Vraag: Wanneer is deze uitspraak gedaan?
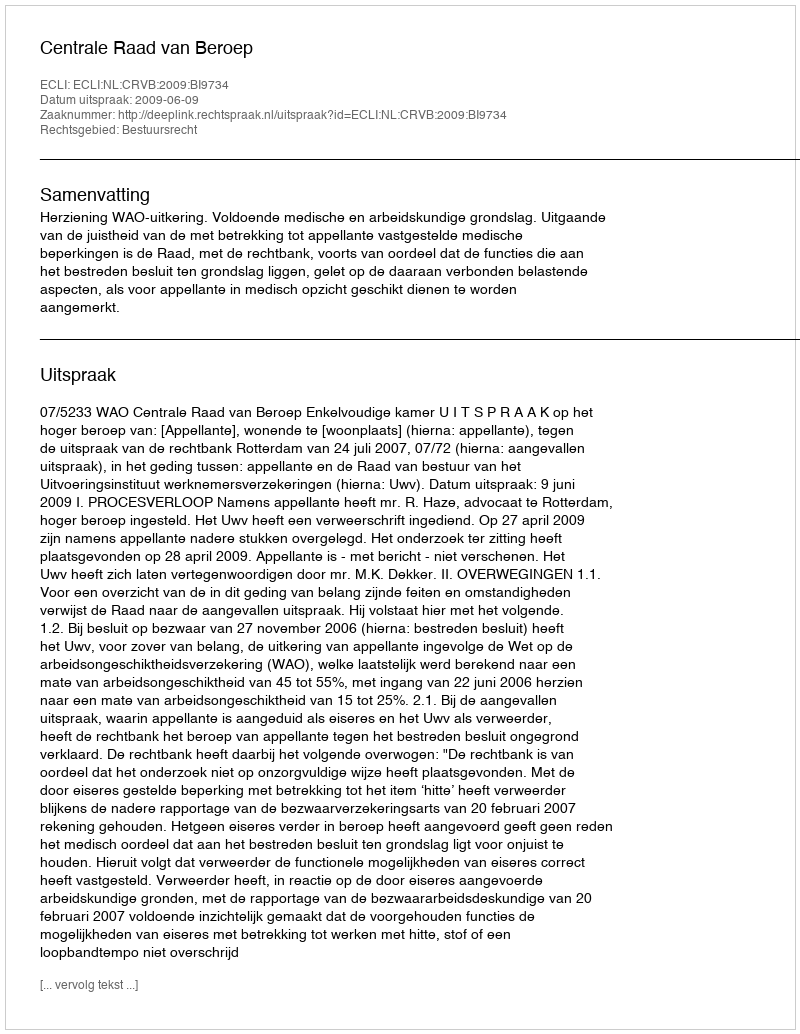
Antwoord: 2009-06-09